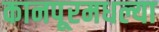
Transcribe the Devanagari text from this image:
कानपूरमधल्या